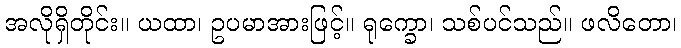
အလိုရှိတိုင်း။ ယထာ၊ ဥပမာအားဖြင့်။ ရုက္ခော၊ သစ်ပင်သည်။ ဖလိတော၊